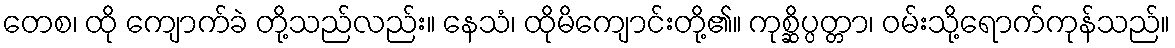
တေစ၊ ထို ကျောက်ခဲ တို့သည်လည်း။ နေသံ၊ ထိုမိကျောင်းတို့၏။ ကုစ္ဆိပ္ပတ္တာ၊ ဝမ်းသို့ရောက်ကုန်သည်။